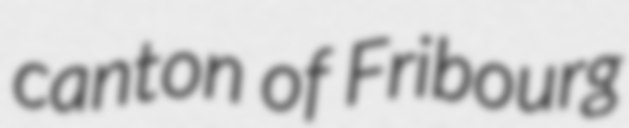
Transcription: canton of Fribourg